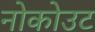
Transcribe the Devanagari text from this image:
नोकोउट